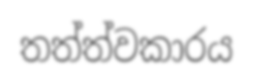
තත්ත්වකාරය